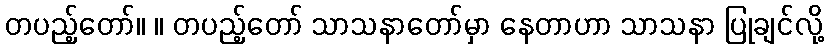
တပည့်တော်။ ။ တပည့်တော် သာသနာတော်မှာ နေတာဟာ သာသနာ ပြုချင်လို့